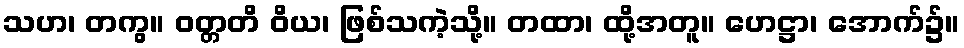
သဟ၊ တကွ။ ဝတ္တတိ ဝိယ၊ ဖြစ်သကဲ့သို့။ တထာ၊ ထို့အတူ။ ဟေဋ္ဌာ၊ အောက်၌။